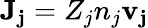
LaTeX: \mathbf{J_{j}}=Z_{j}n_{j}\mathbf{v_{j}}